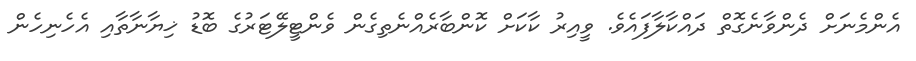
އެންމެނަށް ދެންވާނެގޮތް ދައްކާލާފައެވެ. ވީއިރު ކާކަށް ކޮންބާރެއްނެތިގެން ވެންޓީލޭޓަރުގެ ބޮޑު ޚިޔާނާތާއި އެހެނިހެން